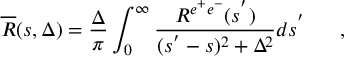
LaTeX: \overline { { { R } } } ( s , \Delta ) = \frac { \Delta } { \pi } \int _ { 0 } ^ { \infty } \frac { R ^ { e ^ { + } e ^ { - } } ( s ^ { ' } ) } { ( s ^ { ' } - s ) ^ { 2 } + \Delta ^ { 2 } } d s ^ { ' } ~ ~ ~ ~ ~ ,